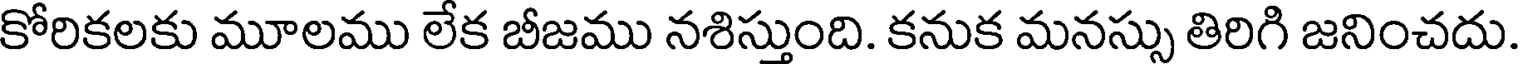
కోరికలకు మూలము లేక బీజము నశిస్తుంది. కనుక మనస్సు తిరిగి జనించదు.